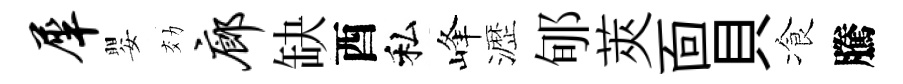
犀嬰効廊缺酉私峰瀝郇莢靣貝飡騰